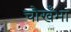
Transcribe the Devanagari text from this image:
चौखँभा